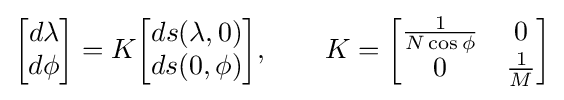
{\begin{bmatrix}d\lambda \\d\phi \end{bmatrix}}=K{\begin{bmatrix}ds(\lambda ,0)\\ds(0,\phi )\end{bmatrix}},\qquad K={\begin{bmatrix}{\frac {1}{N\cos {\phi }}}&0\\0&{\frac {1}{M}}\end{bmatrix}}